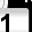
Digit: 1